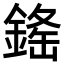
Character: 𨨳